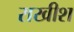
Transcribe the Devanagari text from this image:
राखीश